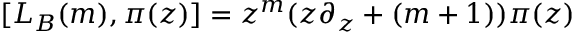
[ L _ { B } ( m ) , \pi ( z ) ] = z ^ { m } ( z \partial _ { z } + ( m + 1 ) ) \pi ( z )